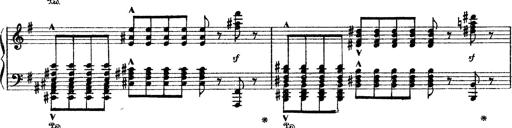
Title: Sarabande und Chaconne aus dem Singspiel
Composer: Franz Liszt